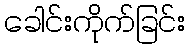
ခေါင်းကိုက်ခြင်း